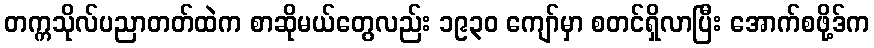
တက္ကသိုလ်ပညာတတ်ထဲက စာဆိုမယ်တွေလည်း ၁၉၃၀ ကျော်မှာ စတင်ရှိလာပြီး အောက်စဖို့ဒ်က